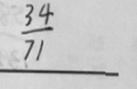
\frac { 3 4 } { 1 7 }